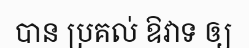
បាន ប្រគល់ ឱវាទ ឲ្យ